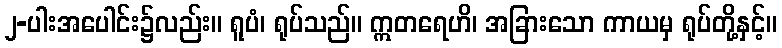
၂-ပါးအပေါင်း၌လည်း။ ရူပံ၊ ရုပ်သည်။ ဣတရေဟိ၊ အခြားသော ကာယမှ ရုပ်တို့နှင့်။